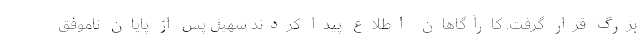
بزرگ قرار گرفت. کارآگاهان اطلاع پیدا کردند سهیل پس از پایان ناموفق